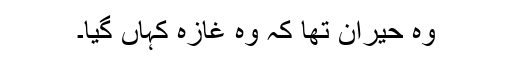
وہ حیران تھا کہ وہ غازہ کہاں گیا۔